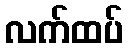
လက်ထပ်